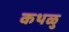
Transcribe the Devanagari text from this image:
कथळु